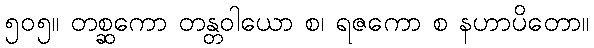
၅၀၅။ တစ္ဆကော တန္တဝါယော စ၊ ရဇကော စ နဟာပိတော။